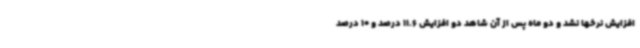
افزایش نرخها نشد و دو ماه پس از آن شاهد دو افزایش 11.6 درصد و 10 درصد